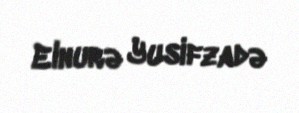
Elnurə Yusifzadə